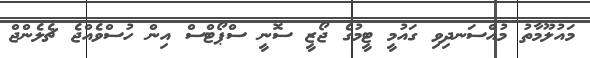
މައުލޫމާތު މުއްސަނދިވި ގައުމީ ޓީމުގެ ޖޯޒީ ސޮނީ ސްޕޯޓްސް އިން ހުސްވެއްޖެ ޗެލެންޖް